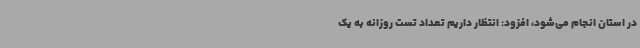
در استان انجام می‌شود، افزود: انتظار داریم تعداد تست روزانه به یک